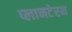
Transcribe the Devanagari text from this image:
प्लानटेरम